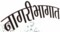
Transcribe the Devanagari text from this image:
नागरीभागात